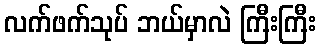
လက်ဖက်သုပ် ဘယ်မှာလဲ ကြီးကြီး